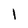
Character: 1